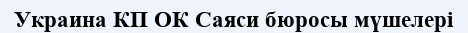
Украина КП ОК Саяси бюросы мүшелері